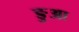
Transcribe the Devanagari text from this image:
ङुआ